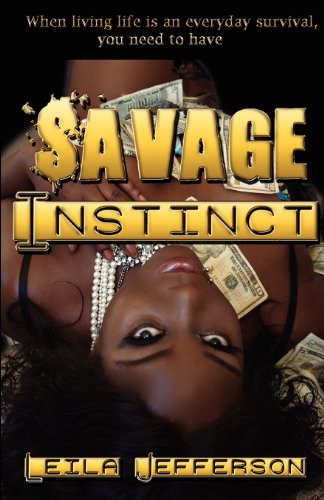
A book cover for Savage Instinct; Leila Jefferson; Romance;